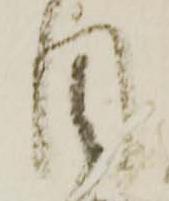
目